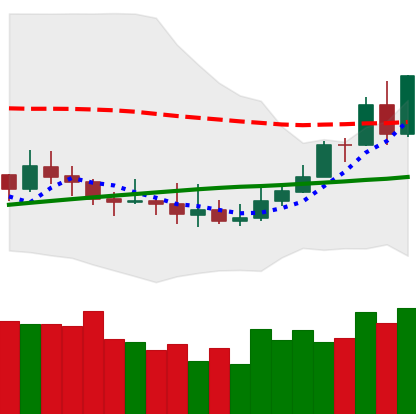
Ticker: XMR-USD
Chart end date: 2019-08-07
Forward return: -6.466%
Label: down_5_7